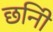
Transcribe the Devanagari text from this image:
छनिी